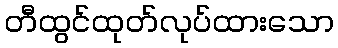
တီထွင်ထုတ်လုပ်ထားသော